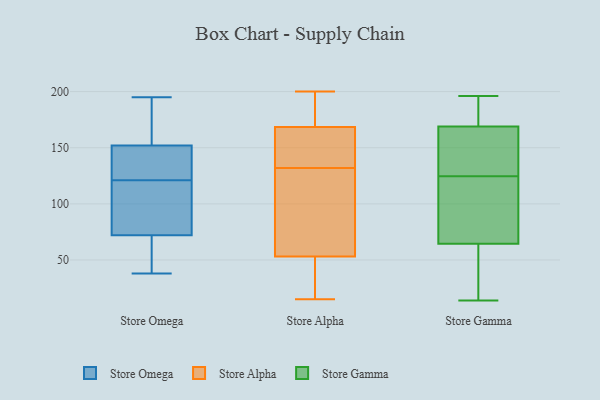
{"axis": {"x": "Budget (USD K)", "y": "Value"}, "legend": ["Store Alpha", "Store Gamma", "Store Omega"], "data": [{"x": "", "y": 46, "type": "Store Omega"}, {"x": "", "y": 195, "type": "Store Omega"}, {"x": "", "y": 174, "type": "Store Omega"}, {"x": "", "y": 111, "type": "Store Omega"}, {"x": "", "y": 152, "type": "Store Omega"}, {"x": "", "y": 147, "type": "Store Omega"}, {"x": "", "y": 72, "type": "Store Omega"}, {"x": "", "y": 104, "type": "Store Omega"}, {"x": "", "y": 131, "type": "Store Omega"}, {"x": "", "y": 38, "type": "Store Omega"}, {"x": "", "y": 195, "type": "Store Alpha"}, {"x": "", "y": 168, "type": "Store Alpha"}, {"x": "", "y": 151, "type": "Store Alpha"}, {"x": "", "y": 24, "type": "Store Alpha"}, {"x": "", "y": 89, "type": "Store Alpha"}, {"x": "", "y": 41, "type": "Store Alpha"}, {"x": "", "y": 39, "type": "Store Alpha"}, {"x": "", "y": 15, "type": "Store Alpha"}, {"x": "", "y": 174, "type": "Store Alpha"}, {"x": "", "y": 27, "type": "Store Alpha"}, {"x": "", "y": 141, "type": "Store Alpha"}, {"x": "", "y": 137, "type": "Store Alpha"}, {"x": "", "y": 65, "type": "Store Alpha"}, {"x": "", "y": 169, "type": "Store Alpha"}, {"x": "", "y": 100, "type": "Store Alpha"}, {"x": "", "y": 171, "type": "Store Alpha"}, {"x": "", "y": 87, "type": "Store Alpha"}, {"x": "", "y": 167, "type": "Store Alpha"}, {"x": "", "y": 200, "type": "Store Alpha"}, {"x": "", "y": 127, "type": "Store Alpha"}, {"x": "", "y": 67, "type": "Store Gamma"}, {"x": "", "y": 145, "type": "Store Gamma"}, {"x": "", "y": 36, "type": "Store Gamma"}, {"x": "", "y": 61, "type": "Store Gamma"}, {"x": "", "y": 74, "type": "Store Gamma"}, {"x": "", "y": 196, "type": "Store Gamma"}, {"x": "", "y": 168, "type": "Store Gamma"}, {"x": "", "y": 188, "type": "Store Gamma"}, {"x": "", "y": 14, "type": "Store Gamma"}, {"x": "", "y": 62, "type": "Store Gamma"}, {"x": "", "y": 106, "type": "Store Gamma"}, {"x": "", "y": 132, "type": "Store Gamma"}, {"x": "", "y": 117, "type": "Store Gamma"}, {"x": "", "y": 137, "type": "Store Gamma"}, {"x": "", "y": 194, "type": "Store Gamma"}, {"x": "", "y": 170, "type": "Store Gamma"}]}